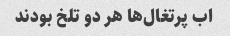
اب پرتغال‌ها هر دو تلخ بودند